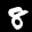
Label: 8